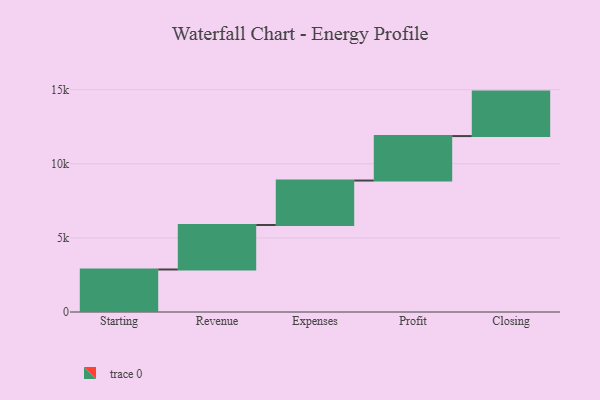
{"axis": {"x": "Step", "y": "Value"}, "legend": [""], "data": [{"x": "Starting", "y": 2868.0, "type": ""}, {"x": "Revenue", "y": 3000, "type": ""}, {"x": "Expenses", "y": 3000, "type": ""}, {"x": "Profit", "y": 3000, "type": ""}, {"x": "Closing", "y": 3000, "type": ""}]}